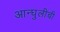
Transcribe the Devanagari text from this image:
आन्घुलीची